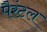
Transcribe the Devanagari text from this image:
पैरंटल